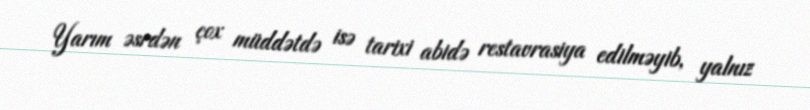
Yarım əsrdən çox müddətdə isə tarixi abidə restavrasiya edilməyib, yalnız